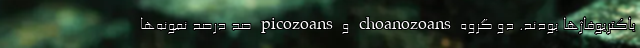
باکتریوفاژها بودند. دو گروه choanozoans و picozoans صد درصد نمونه‌ها